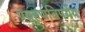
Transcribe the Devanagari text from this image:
प्रवहणविपर्यय